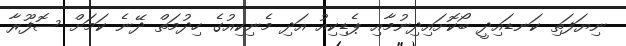
ނިޔަފަތި ކަނޑައިދީ ބޯކޮށައިދިނުމާއި ޕެޑިކިއު އަދި މެނިކިއުގެ ހިދުމަތް ދޭނެ ކަމަށް ސޮފޫރާ